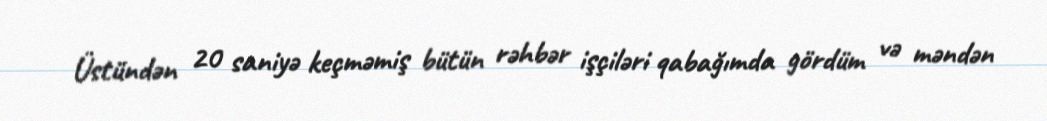
Üstündən 20 saniyə keçməmiş bütün rəhbər işçiləri qabağımda gördüm və məndən